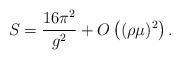
LaTeX: \begin{align*}S=\frac{16 \pi^2}{g^2} + O\left((\rho \mu)^2\right).\end{align*}